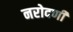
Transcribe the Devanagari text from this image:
नरोदणी